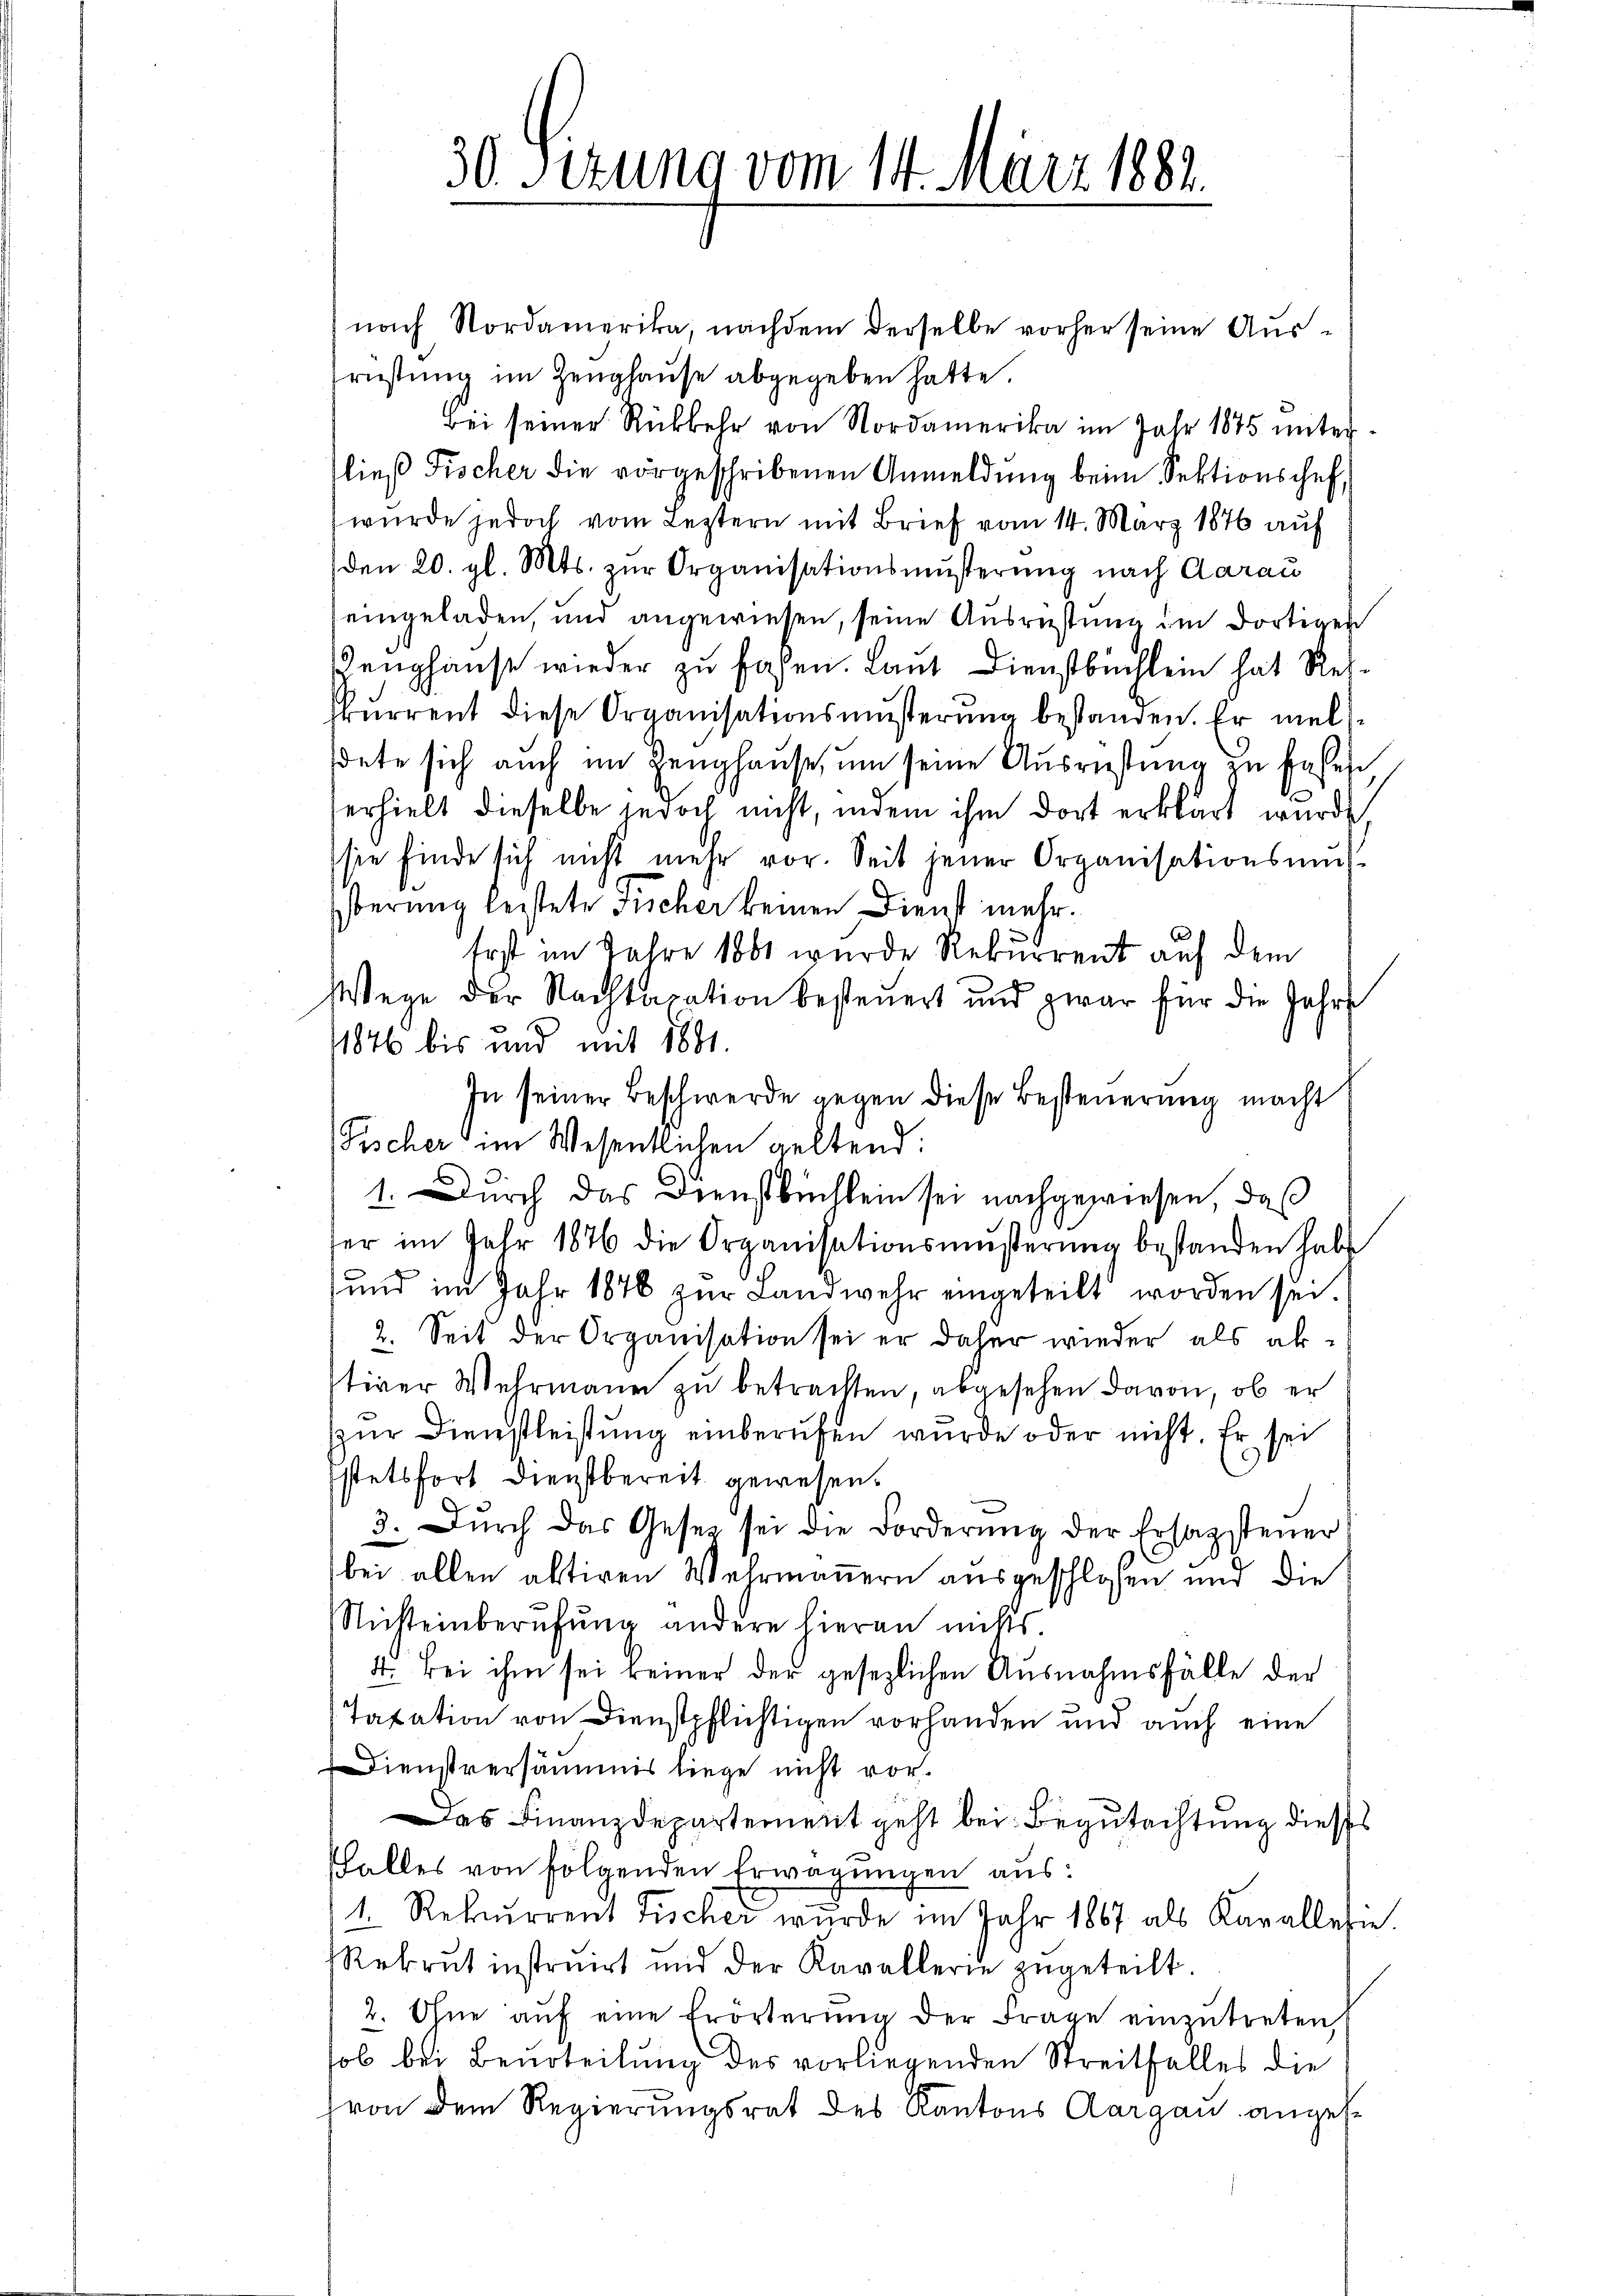
30. Sizung vom 14. März 1882.

nach Nordamerika, nachdem derselbe vorher seine Ausrüstung im Zeughause abgegeben hatte.
Bei seiner Rückkehr von Nordamerika im Jahr 1875 unter
fließ Fischer die vorgeschribenen Anmeldung beim Sektionschef,
wurde jedoch vom Leztern mit Brief vom 14. März 1876 auf
den 20. gl. Mts. zur Organisationsmusterung nach Aarau
eingeladen, und angewiesen, seine Ausrüstung im dortigen
eughause wieder zu sagen. Laut Dienstbuchlein hat Reiskurrent diese Organisationsmüsterŭng bestanden. Er mel
dete sich auch im Zeughause, um seine Ausrüstung zu sehen
erhielt dieselbe jedoch nicht, indem ihm dort erklärt wurde
sie finde sich nicht mehr vor. Seit jener Organisationsmŭs
berung leistete Fischer keinen Dienst mehr.
Erst im Jahre 1861 wurde Rekurrent auf dem
Wege der Nachtaxation besteuert und zwar für die Jahre
1846 bis und mit 1881.
In seiner Beschwerde gegen diese Besteuerung macht
Fischer im Wesentlichen geltend:
1. Durch das Dienstbüchlein sei nachgewiesen, daß
ser im Jahr 1876 die Organisationsmŭβerŭng bestanden habe
und im Jahr 1846 zŭr Landwehr eingeteilt worden sei.
2. Seit der Organisation sei er daher wieder als abtiver Wehrmann zu betrachten, abgesehen davon, ob er
ŭr Dienstleistŭng einberufen wurde oder nicht. Er sei
stetsfort dienstbereit gewesen.
3. Dŭrch das Geset sei die Forderŭng der Ersagsteŭer
bei allen aktiven Wehrmannern ausgeschlossen und die
Nichteinberufung andere hieran nichts.
4. Bei ihm sei keiner der gesezlichen Ausnahmsfälle der
Taxation von Dienstpflichtigen vorhanden und auch eine
Dienstversäumnis liege nicht vor¬
Das Finanzdepartement geht bei Begutachtung dieses
Pfalles von folgenden Erwägŭngen aus:
4. Rekurrent Fischer wurde im Jahr 1867 als Kavallesie.
Rekrut instruirt und der Kavallerie zŭgeteilt.
2. Ohne aŭf eine Erörterina der Frage einzŭtreten,
hol bei Beurteilung des vorliegenden Streitfalles die
(von dem Regierungsrat des Kantons Aargau angese